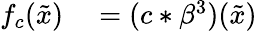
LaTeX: \begin{array}{rl}{f_{c}(\tilde{x})}&{{}=(c*\beta^{3})(\tilde{x})}\end{array}